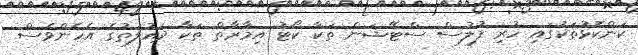
ކަންކޮޅުތަކުގައި ހުރި ފުލުސް ސްޓޭޝަން ތަކާ ކޯޓު އިމާރާތް ތަކާ ދައުލަތުގެ އެހެންވެސް